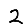
Digit: 2